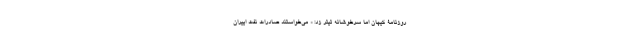
روزنامۀ کیهان اما سرخوشانه تیتر زد: « می‌خواستند صادرات نفت اییران